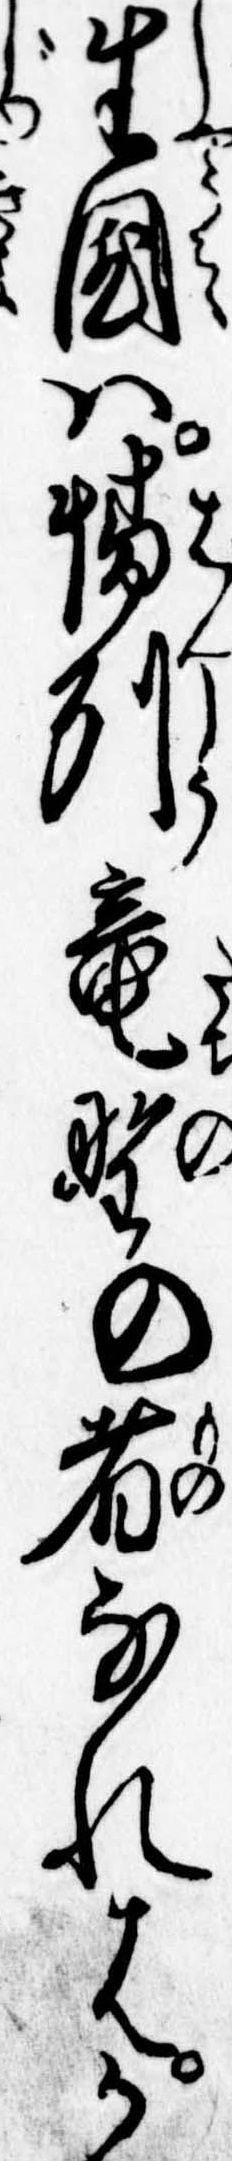
生国は播州竜野の者なれはか